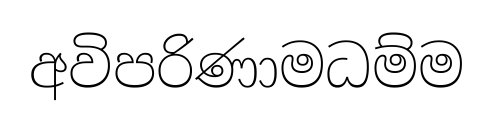
අවිපරිණාමධම්ම